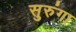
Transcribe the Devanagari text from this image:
सुरुंगा